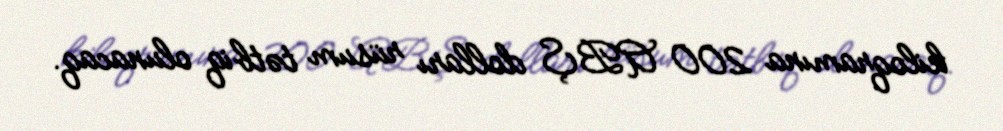
kiloqramına 200 ABŞ dolları rüsum tətbiq olunacaq.